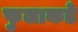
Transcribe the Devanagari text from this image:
फुलाकडे